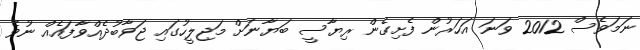
ނަމަވެސް 2012 ވަނަ އަހަރުން ފެށިގެން ރިޔާސީ ބަޔާނަށް މަޖިލީހުގައި ޖަވާބުދެއްވާފައެއް ނުވެ